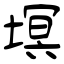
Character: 塓